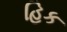
હિક